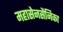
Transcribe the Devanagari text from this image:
महासेनसैनिका